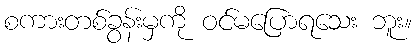
စကားတစ်ခွန်းမှကို ဝင်မပြောရသေး ဘူး။